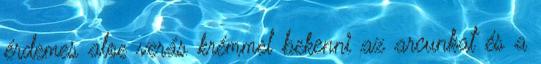
érdemes aloe verás krémmel bekenni az arcunkat és a